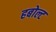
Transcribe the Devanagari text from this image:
हबोल्ट